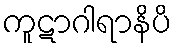
ကူဋာဂါရာနိပိ